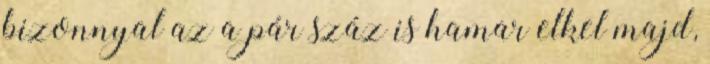
bizonnyal az a pár száz is hamar elkel majd,